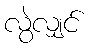
လွဲလျှင်